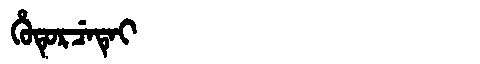
Manchu: ᡥᡠᡨᡠᡵᠴᡝᡨᡝᡳ
Romanization: HUTURCETEI